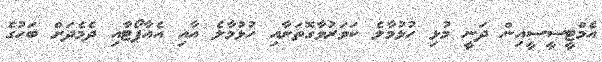
އެމްޓީސީސީއިން ދަނީ މުޅި ހުޅުމާލެ ކަވަރުވާގޮތަށާއި ހުޅުމާލެ އާއި އެއާޕޯޓާއި ދެމެދަށް ބަހުގެ